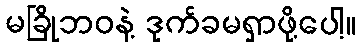
မခြိုဘဝနဲ့ ဒုက်ခမရှာဖို့ပေါ့။